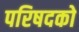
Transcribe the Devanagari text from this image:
परिषदको